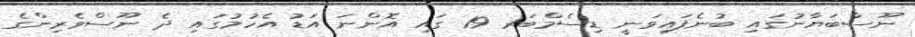
ނޫސްބަޔާނުގައި ބުނެފައިވަނީ ޑިސެމްބަރ 19 ގައި އޮންނަ އަޑު އެހުމުގައި ދެ ނޫސްވެރިންގެ